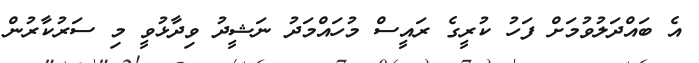
އެ ބައްދަލުވުމަށް ފަހު ކުރީގެ ރައީސް މުހައްމަދު ނަޝީދު ވިދާޅުވީ މި ސަރުކާރުން